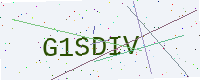
Text: G1SDIV